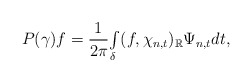
\begin{align*}P(\gamma)f=\frac{1}{2\pi}{\textstyle\int\limits_{\delta}}(f,\chi_{n,t})_{\mathbb{R}}\Psi_{n,t}dt,\end{align*}